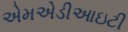
એમએડીઆઇટી